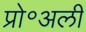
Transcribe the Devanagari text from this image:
प्रो॰अली